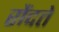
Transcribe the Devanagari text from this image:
रौंदते